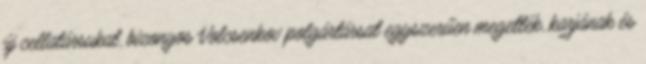
új cellatársukat, bizonyos Volcsenkov polgártársat egyszerűen megették, karjának és